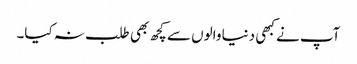
آپ نے کبھی دنیا والوں سے کچھ بھی طلب نہ کیا۔